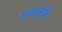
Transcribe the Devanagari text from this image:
अद्यावृद्धि